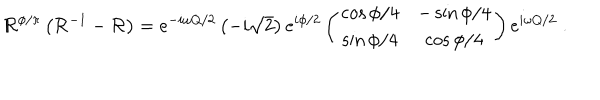
LaTeX: { \cal R } ^ { \phi / \pi } \left( { \cal R } ^ { - 1 } - { \cal R } \right) = e ^ { - i \omega Q / 2 } \left( - i \sqrt { 2 } \right) e ^ { i \phi / 2 } \left( \begin{matrix} { { \cos \phi / 4 } } & { { - \sin \phi / 4 } } \\ { { \sin \phi / 4 } } & { { \cos \phi / 4 } } \\ \end{matrix} \right) e ^ { i \omega Q / 2 } \; .